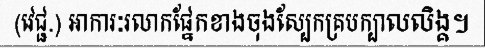
(វេជ្ជ.) អាការៈរលាកផ្នែកខាងចុងស្បែកគ្របក្បាលលិង្គ។